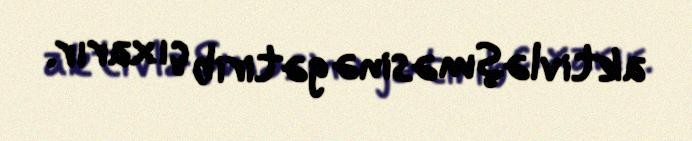
aktivləşməsinə gətirib çıxarır.